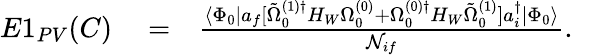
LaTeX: \begin{array}{rlr}{E1_{PV}(C)}&{{}=}&{\frac{\langle\Phi_{0}|a_{f}[\tilde{\Omega}_{0}^{(1)\dagger}H_{W}\Omega_{0}^{(0)}+\Omega_{0}^{(0)\dagger}H_{W}\tilde{\Omega}_{0}^{(1)}]a_{i}^{\dagger}|\Phi_{0}\rangle}{{\cal N}_{if}}.\ \ \ }\end{array}